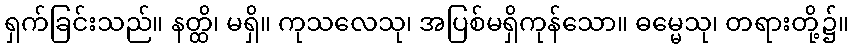
ရှက်ခြင်းသည်။ နတ္ထိ၊ မရှိ။ ကုသလေသု၊ အပြစ်မရှိကုန်သော။ ဓမ္မေသု၊ တရားတို့၌။